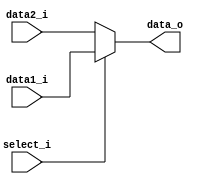
module MUX8
(
  data1_i,
  data2_i,
	select_i,
	data_o
);

input [7:0] data1_i;
input [7:0] data2_i;//no use
input       select_i;
output [7:0] data_o;
reg [7:0] out;

assign data_o = out[7:0];
always@(*) begin
  if(!select_i)
		begin
		  out = data2_i;
		end
	else
	  begin
		  out = data1_i;
		end
end

endmodule